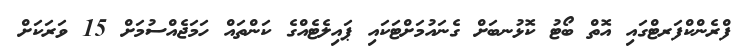
ފްރެންކްފަރޓްގައި އޮތް ބޯޓު ކޮޅުނބަށް ގެނައުމަށްޓަކައި ޕައިލެޓެއްގެ ކަންތައް ހަމަޖެއްސުމަށް 15 ވަރަކަށް